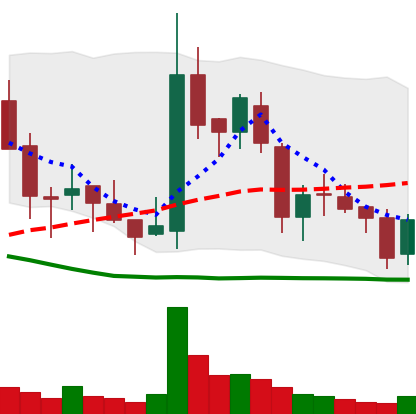
Ticker: BNB-USD
Chart end date: 2018-05-29
Forward return: 15.863%
Label: up_7plus